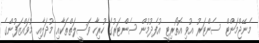
މެނޭޖްމަންޓް ސެންޓަރު އުވި އޮތޯރިޓީ އުފެދުމުން ސެންޓަރުގެ ހުރިހާ ވަސީލަތްތަކާއި މުދަލާއި މުވައްޒަފުންގެ